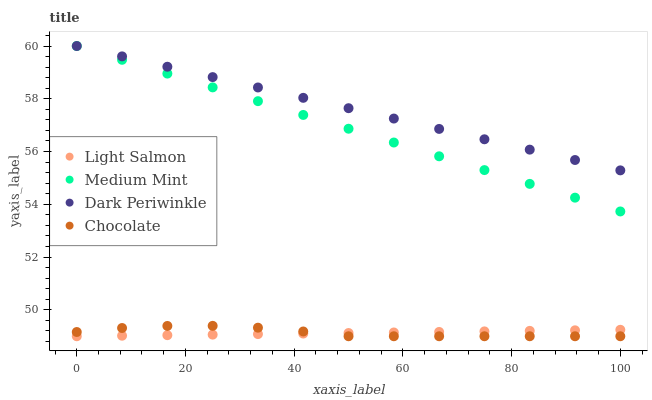
| xaxis_label | Light Salmon | Medium Mint | Dark Periwinkle | Chocolate |
 | --- | --- | --- | --- | --- |
 | 0 | 49 | 60 | 60 | 49.2 |
 | 8.33 | 49 | 59.5 | 59.6 | 49.3 |
 | 16.7 | 49 | 59 | 59.2 | 49.4 |
 | 25 | 49.1 | 58.4 | 58.8 | 49.4 |
 | 33.3 | 49.1 | 57.9 | 58.4 | 49.3 |
 | 41.7 | 49.1 | 57.4 | 58 | 49.2 |
 | 50 | 49.1 | 56.9 | 57.6 | 49 |
 | 58.3 | 49.1 | 56.3 | 57.3 | 49 |
 | 66.7 | 49.2 | 55.8 | 56.9 | 49 |
 | 75 | 49.2 | 55.3 | 56.5 | 49 |
 | 83.3 | 49.2 | 54.8 | 56.1 | 49 |
 | 91.7 | 49.2 | 54.3 | 55.7 | 49 |
 | 100 | 49.2 | 53.7 | 55.3 | 49 |